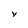
Character: Y